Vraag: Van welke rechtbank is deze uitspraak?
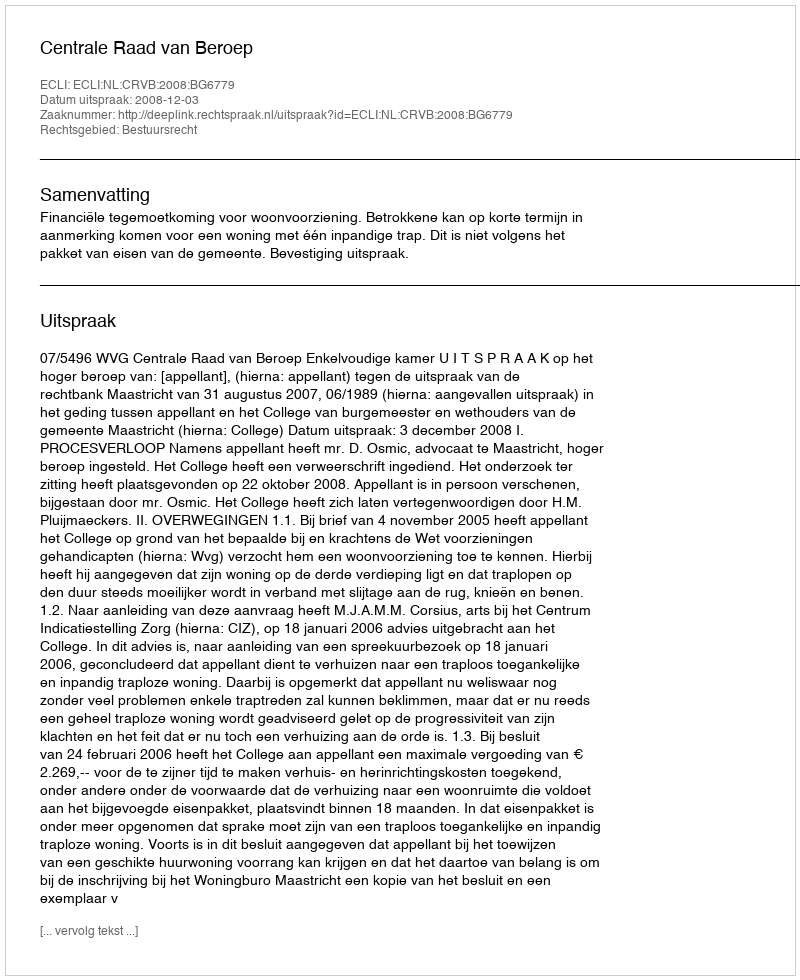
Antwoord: Centrale Raad van Beroep